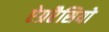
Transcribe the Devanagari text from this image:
ऐग्ररैसियो